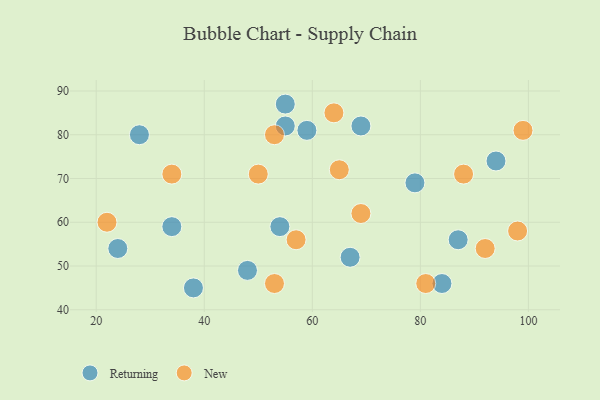
{"axis": {"x": "GDP", "y": "Life Expectancy"}, "legend": ["New", "Returning"], "data": [{"x": "28", "y": 80, "type": "Returning"}, {"x": "87", "y": 56, "type": "Returning"}, {"x": "67", "y": 52, "type": "Returning"}, {"x": "34", "y": 59, "type": "Returning"}, {"x": "24", "y": 54, "type": "Returning"}, {"x": "48", "y": 49, "type": "Returning"}, {"x": "54", "y": 59, "type": "Returning"}, {"x": "79", "y": 69, "type": "Returning"}, {"x": "69", "y": 82, "type": "Returning"}, {"x": "55", "y": 87, "type": "Returning"}, {"x": "84", "y": 46, "type": "Returning"}, {"x": "55", "y": 82, "type": "Returning"}, {"x": "38", "y": 45, "type": "Returning"}, {"x": "59", "y": 81, "type": "Returning"}, {"x": "94", "y": 74, "type": "Returning"}, {"x": "92", "y": 54, "type": "New"}, {"x": "98", "y": 58, "type": "New"}, {"x": "57", "y": 56, "type": "New"}, {"x": "99", "y": 81, "type": "New"}, {"x": "34", "y": 71, "type": "New"}, {"x": "64", "y": 85, "type": "New"}, {"x": "53", "y": 46, "type": "New"}, {"x": "22", "y": 60, "type": "New"}, {"x": "53", "y": 80, "type": "New"}, {"x": "88", "y": 71, "type": "New"}, {"x": "81", "y": 46, "type": "New"}, {"x": "65", "y": 72, "type": "New"}, {"x": "50", "y": 71, "type": "New"}, {"x": "69", "y": 62, "type": "New"}]}